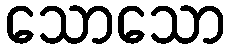
သောသော